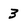
Character: 3